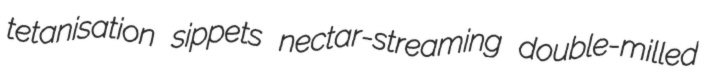
tetanisation sippets nectar-streaming double-milled